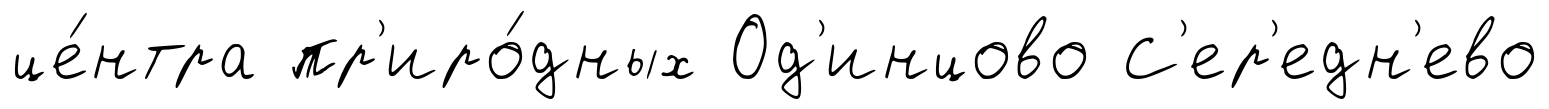
це́нтра пр'иро́дных Од'инцово С'ер'едн'ево